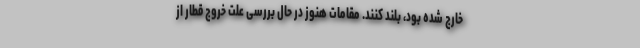
خارج شده بود، بلند کنند. مقامات هنوز در حال بررسی علت خروج قطار از